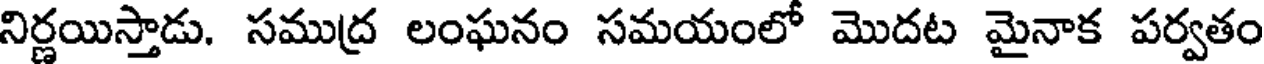
నిర్ణయిస్తాడు. సముద్ర లంఘనం సమయంలో మొదట మైనాక పర్వతం